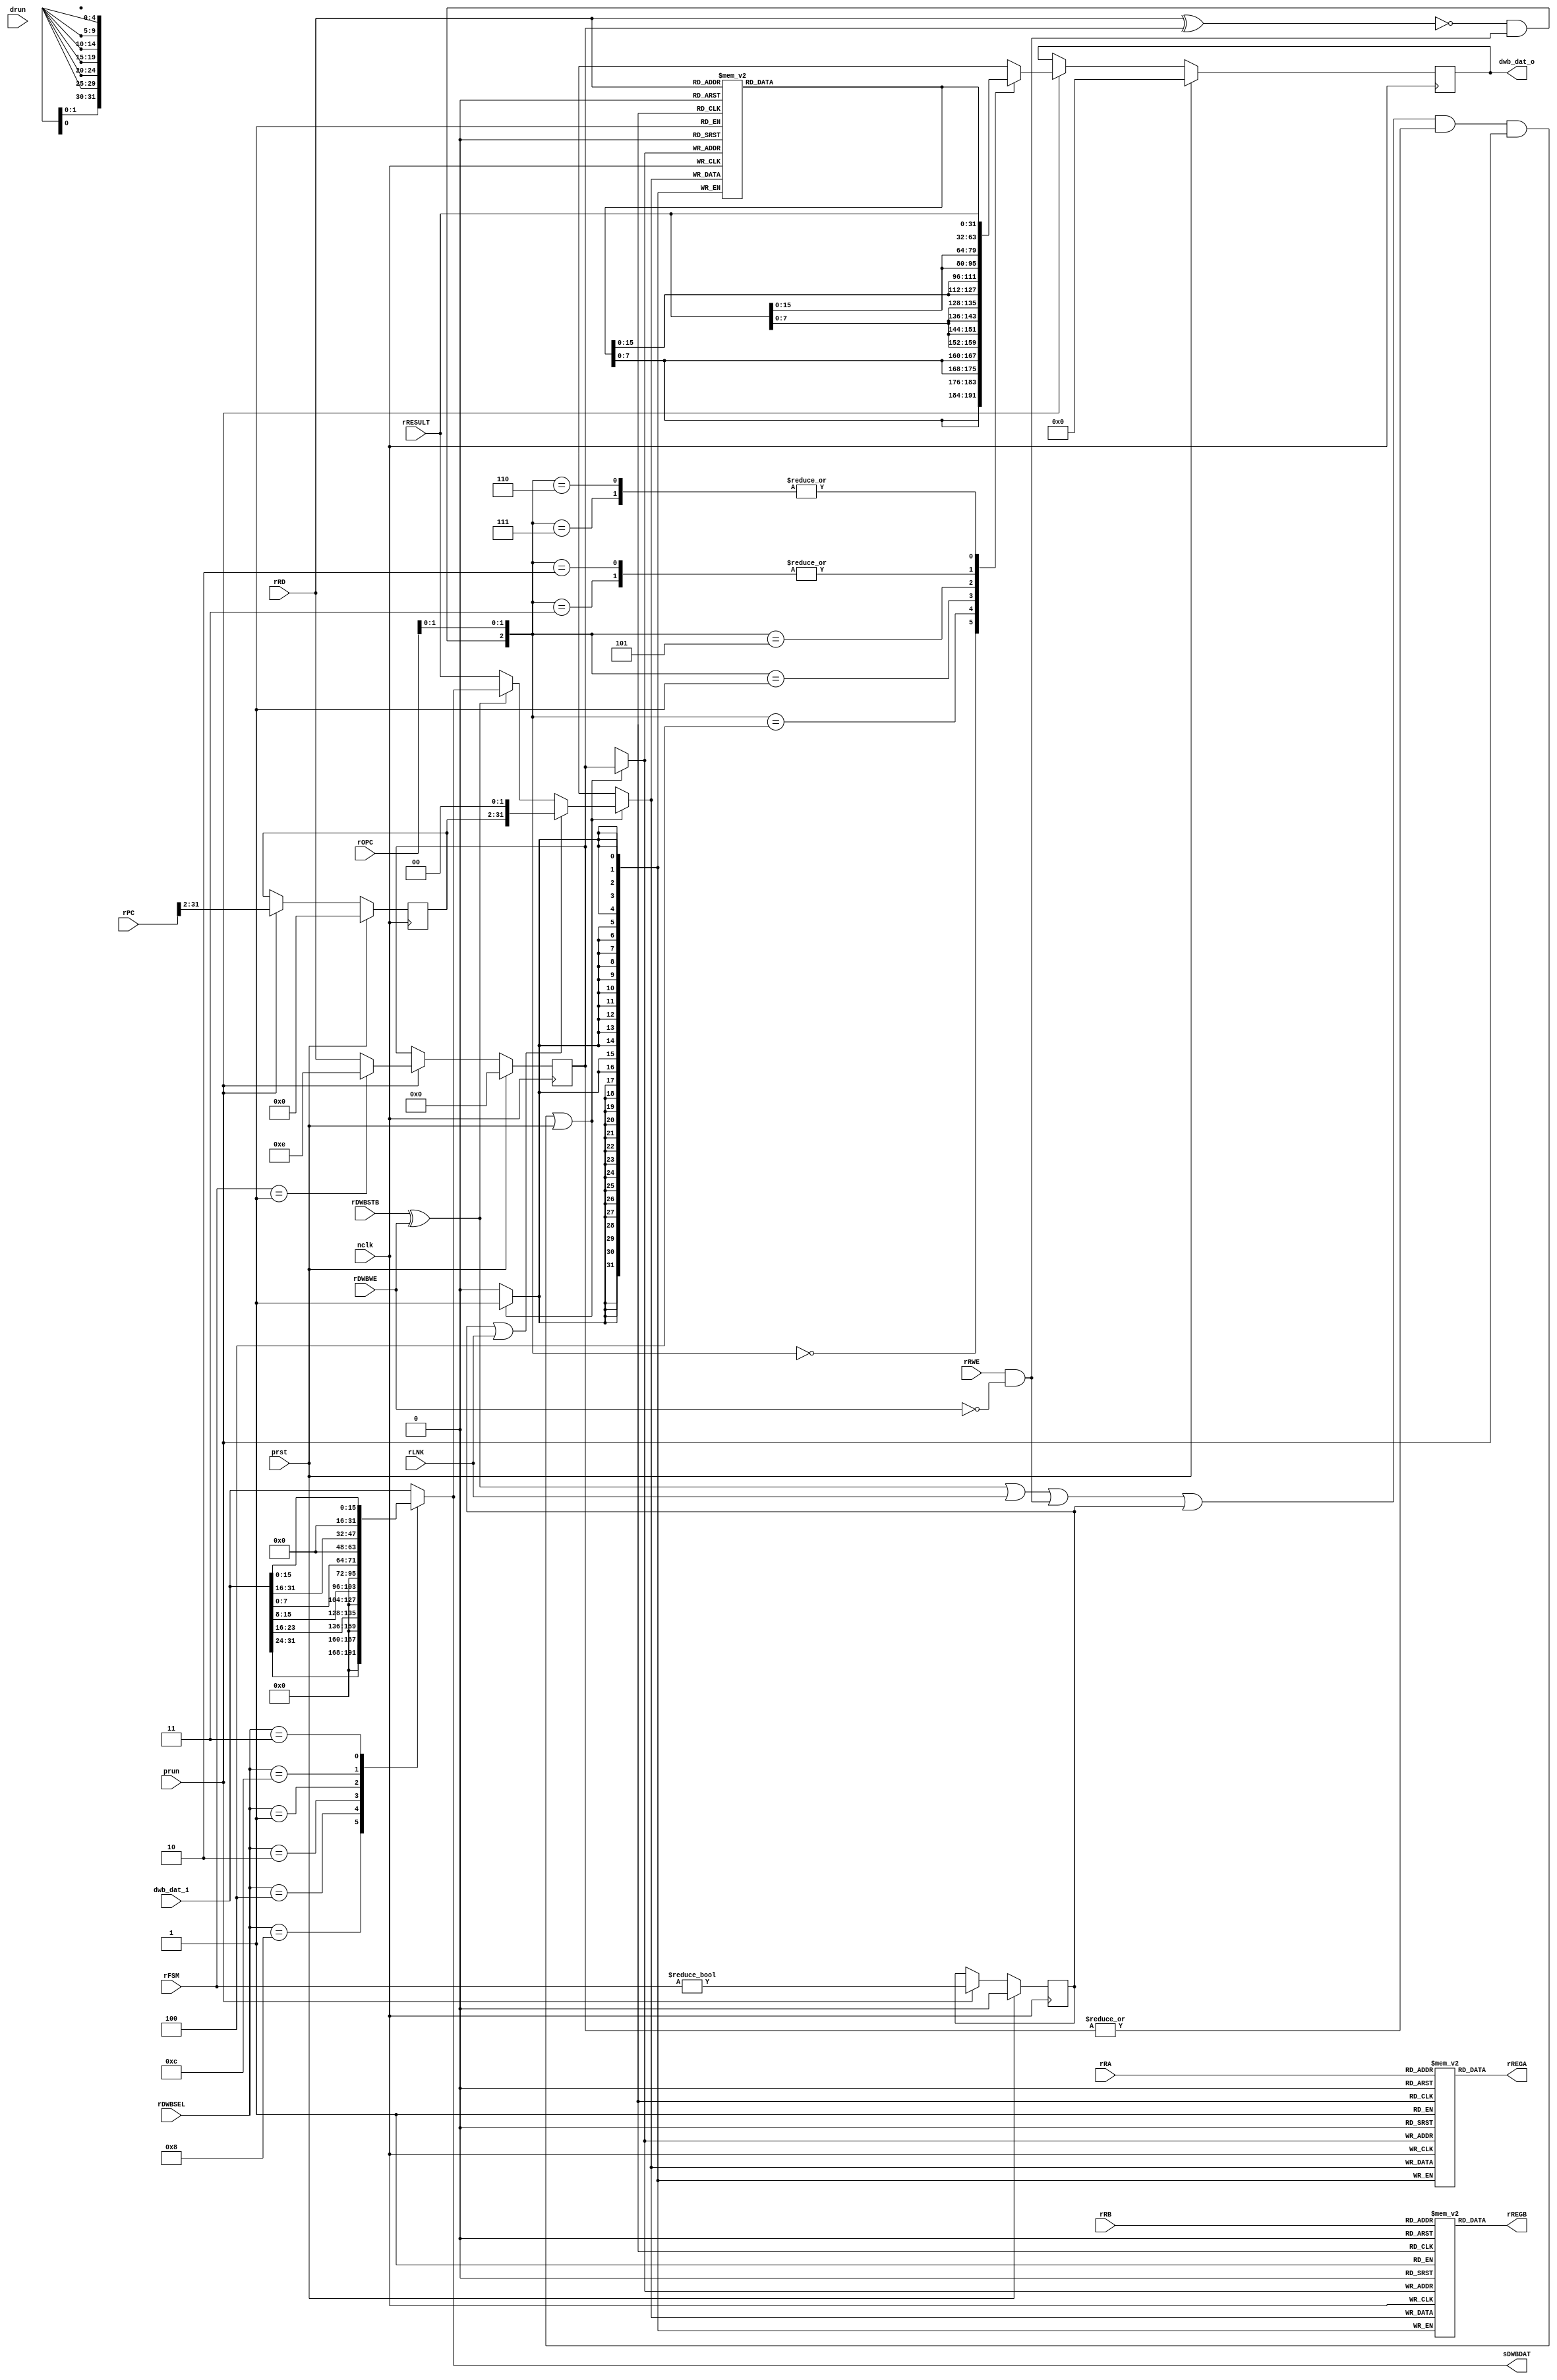
/*
 * $Id: aeMB_regfile.v,v 1.18 2007/05/30 18:44:30 sybreon Exp $
 * 
 * AEMB Register File
 * Copyright (C) 2004-2007 Shawn Tan Ser Ngiap <shawn.tan@aeste.net>
 *  
 * This library is free software; you can redistribute it and/or
 * modify it under the terms of the GNU Lesser General Public License
 * as published by the Free Software Foundation; either version 2.1 of
 * the License, or (at your option) any later version.
 * 
 * This library is distributed in the hope that it will be useful, but
 * WITHOUT ANY WARRANTY; without even the implied warranty of
 * MERCHANTABILITY or FITNESS FOR A PARTICULAR PURPOSE. See the GNU
 * Lesser General Public License for more details.
 * 
 * You should have received a copy of the GNU Lesser General Public
 * License along with this library; if not, write to the Free Software
 * Foundation, Inc., 59 Temple Place, Suite 330, Boston, MA 02111-1307
 * USA
 *
 * DESCRIPTION
 * Implements the 32 registers as memory. Some registers require
 * special actions during hardware exception/interrupts. Data
 * forwarding is also taken care of inside here to simplify decode
 * logic.
 *
 * HISTORY
 * $Log: aeMB_regfile.v,v $
 * Revision 1.18  2007/05/30 18:44:30  sybreon
 * Added interrupt support.
 *
 * Revision 1.17  2007/05/17 09:08:21  sybreon
 * Removed asynchronous reset signal.
 *
 * Revision 1.16  2007/05/15 22:44:57  sybreon
 * Corrected speed issues after rev 1.9 update.
 *
 * Revision 1.15  2007/04/30 15:56:50  sybreon
 * Removed byte acrobatics.
 *
 * Revision 1.14  2007/04/27 15:15:49  sybreon
 * Fixed simulation bug.
 *
 * Revision 1.13  2007/04/27 04:22:40  sybreon
 * Fixed minor synthesis bug.
 *
 * Revision 1.12  2007/04/27 00:23:55  sybreon
 * Added code documentation.
 * Improved size & speed of rtl/verilog/aeMB_aslu.v
 *
 * Revision 1.11  2007/04/26 14:29:53  sybreon
 * Made minor performance optimisations.
 *
 * Revision 1.10  2007/04/25 22:52:53  sybreon
 * Fixed minor simulation bug.
 *
 * Revision 1.9  2007/04/25 22:15:04  sybreon
 * Added support for 8-bit and 16-bit data types.
 *
 * Revision 1.8  2007/04/12 20:21:33  sybreon
 * Moved testbench into /sim/verilog.
 * Simulation cleanups.
 *
 * Revision 1.7  2007/04/11 16:30:06  sybreon
 * Cosmetic changes
 *
 * Revision 1.6  2007/04/11 04:30:43  sybreon
 * Added pipeline stalling from incomplete bus cycles.
 * Separated sync and async portions of code.
 *
 * Revision 1.5  2007/04/04 14:08:34  sybreon
 * Added initial interrupt/exception support.
 *
 * Revision 1.4  2007/04/04 06:11:47  sybreon
 * Fixed memory read-write data hazard
 *
 * Revision 1.3  2007/04/03 14:46:26  sybreon
 * Fixed endian correction issues on data bus.
 *
 * Revision 1.2  2007/03/26 12:21:31  sybreon
 * Fixed a minor bug where RD is trashed by a STORE instruction. Spotted by Joon Lee.
 *
 * Revision 1.1  2007/03/09 17:52:17  sybreon
 * initial import
 *
 */

module aeMB_regfile(/*AUTOARG*/
   // Outputs
   dwb_dat_o, rREGA, rREGB, sDWBDAT,
   // Inputs
   dwb_dat_i, rDWBSTB, rDWBWE, rRA, rRB, rRD, rRESULT, rFSM, rPC,
   rOPC, rDWBSEL, rLNK, rRWE, nclk, prst, drun, prun
   );
   // FIXME: This parameter is not used here.
   parameter DSIZ = 32;
   
   // Data WB Signals
   output [31:0] dwb_dat_o;
   input [31:0]  dwb_dat_i;
   
   // Internal Signals
   output [31:0] rREGA, rREGB;
   output [31:0] sDWBDAT;   
   input 	 rDWBSTB, rDWBWE;   
   input [4:0] 	 rRA, rRB, rRD;   
   input [31:0]  rRESULT;
   input [1:0] 	 rFSM;   
   input [31:0]  rPC;
   input [5:0] 	 rOPC;   
   input [3:0] 	 rDWBSEL;   
   input 	 rLNK, rRWE;
   input 	 nclk, prst, drun, prun;   

   /**
    Delay Latches
    ----------
    The PC and RD are latched internally as it will be needed for
    linking and interrupt handling.
    
    FIXME: May need to be blocked (drun).
    */
   
   reg [31:2] 	 rPC_, xPC_;
   reg [4:0] 	 rRD_, xRD_;
   reg 		 rINT, xINT;
   
   always @(/*AUTOSENSE*/rFSM or rPC or rRD) begin
      xPC_ <= rPC[31:2];      
      xINT <= (rFSM != 2'o0);
      
      case (rFSM)
	2'o1: xRD_ <= 5'd14; // HWINT
	//2'o2: xRD_ <= 5'd17; // HWEXC
	default: xRD_ <= rRD;
      endcase // case (rFSM)      
   end

   /**
    Control Flags
    -------------
    Various internal flags.
    */
   
   wire [31:0] 	 wRESULT;
   wire 	 fWE = rRWE & !rDWBWE;
   wire 	 fLNK = rLNK;
   wire 	 fLD = rDWBSTB ^ rDWBWE;   
   wire 	 fDFWD = !(rRD ^ rRD_) & fWE;
   wire 	 fMFWD = rDWBSTB & !rDWBWE;      
   
   /**
    Data WISHBONE Bus
    -----------------
    The data word that is read or written between the core and the
    external bus may need to be re-ordered.
    
    FIXME: Endian correction!
    */
   
   wire [31:0] 	 wDWBDAT;
   reg [31:0] 	 sDWBDAT;   
   reg [31:0] 	 rDWBDAT;
   assign 	 dwb_dat_o = rDWBDAT;
   assign 	 wDWBDAT = dwb_dat_i;

   /**
    RAM Based Register File
    -----------------------
    This approach was chosen for implementing the register file as it
    was easier to implement and resulted in a higher speed than a pure
    register based implementation. A comparison was made using
    synthesis data obtained from Xilinx ISE:
    Reg : 1284 slices @ 78 MHz 
    RAM : 227 slices @ 141 MHz
    */
   
   reg [31:0]  rMEMA[0:31], rMEMB[0:31], rMEMD[0:31];
   wire [31:0] wDDAT, wREGA, wREGB, wREGD, wWBDAT;   
   wire        wDWE = (fLD | fLNK | fWE | rINT) & |rRD_ & prun;
   assign      wDDAT = (rINT|fLNK) ? {rPC_,2'd0} :
		       (fLD) ? sDWBDAT :
		       //(fLNK) ? {rPC_,2'd0} :
		       rRESULT;		       
   
   assign      rREGA = rMEMA[rRA];
   assign      rREGB = rMEMB[rRB];
   assign      wREGD = rMEMD[rRD];
   
   always @(negedge nclk)
     if (wDWE | prst) begin
	rMEMA[rRD_] <= wDDAT;
	rMEMB[rRD_] <= wDDAT;
	rMEMD[rRD_] <= wDDAT;	 
     end

   /**
    Memory Resizer
    --------------
    This moves the appropriate bytes around depending on the size of
    the operation. There is no checking for invalid size selection. It
    also handles forwarding.
    */
   
   reg [31:0] xDWBDAT;
   always @(/*AUTOSENSE*/fDFWD or rOPC or rRESULT or wREGD)
     case ({fDFWD,rOPC[1:0]})
       // 8-bit
       3'o0: xDWBDAT <= {(4){wREGD[7:0]}};
       3'o4: xDWBDAT <= {(4){rRESULT[7:0]}};
       // 16-bit
       3'o1: xDWBDAT <= {(2){wREGD[15:0]}};
       3'o5: xDWBDAT <= {(2){rRESULT[15:0]}};
       // 32-bit
       3'o2, 3'o3: xDWBDAT <= wREGD;
       3'o6, 3'o7: xDWBDAT <= rRESULT;
     endcase // case ({fDFWD,rOPC[1:0]})

   always @(/*AUTOSENSE*/rDWBSEL or wDWBDAT)
     case (rDWBSEL)
       // 8-bit
       4'h8: sDWBDAT <= {24'd0,wDWBDAT[31:24]};
       4'h4: sDWBDAT <= {24'd0,wDWBDAT[23:16]};
       4'h2: sDWBDAT <= {24'd0,wDWBDAT[15:8]};
       4'h1: sDWBDAT <= {24'd0,wDWBDAT[7:0]};
       // 16-bit
       4'hC: sDWBDAT <= {16'd0,wDWBDAT[31:16]};
       4'h3: sDWBDAT <= {16'd0,wDWBDAT[15:0]};
       // 32-bit
       default: sDWBDAT <= wDWBDAT;
     endcase // case (rDWBSEL)

   // PIPELINE REGISTERS //////////////////////////////////////////////////
   
   always @(negedge nclk)
     if (prst) begin
	/*AUTORESET*/
	// Beginning of autoreset for uninitialized flops
	rDWBDAT <= 32'h0;
	rINT <= 1'h0;
	rPC_ <= 30'h0;
	rRD_ <= 5'h0;
	// End of automatics
     end else if (prun) begin
	rDWBDAT <= #1 xDWBDAT;
	rPC_ <= xPC_;
	rRD_ <= xRD_;
	rINT <= xINT;	
     end

   // SIMULATION ONLY ///////////////////////////////////////////////////
   /**
    The register file is initialised with random values to reflect a
    realistic situation where the values are undefined at power-up.
    */
   // synopsys translate_off
   integer i;
   initial begin
      for (i=0;i<32;i=i+1) begin
	 rMEMA[i] <= $random;
	 rMEMB[i] <= $random;
	 rMEMD[i] <= $random;	 
      end
   end
   // synopsys translate_on
   
endmodule // aeMB_regfile

// Local Variables:
// verilog-library-directories:(".")
// verilog-library-files:("")
// End: